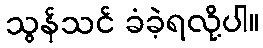
သွန်သင် ခံခဲ့ရလို့ပါ။